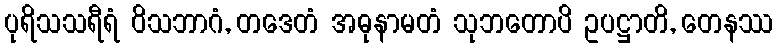
ပုရိသသရီရံ ဝိသဘာဂံ, တဒေတံ အဓုနာမတံ သုဘတောပိ ဥပဋ္ဌာတိ, တေနဿ